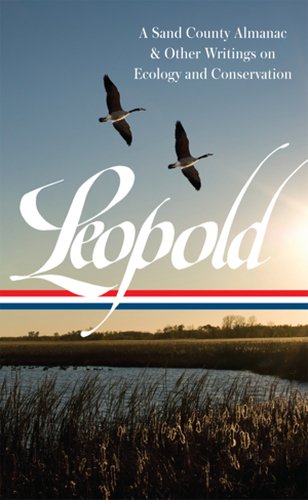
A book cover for Aldo Leopold: a Sand County Almanac & Other Writings on Conservation and Ecology: (Library of America #238); Aldo Leopold; Science & Math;